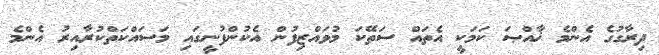
ދިރާގުގެ އެންމެ ޚާއްޞަ ކަމަކީ އެތައް ސަތޭކަ މުވައްޒިފުން އެކުންފުނީގައި މަސައްކަތްކުރާއިރު އެންމެ